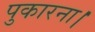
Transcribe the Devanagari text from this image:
पुकारना।